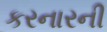
કરનારની